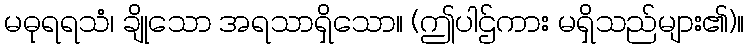
မဓုရရသံ၊ ချိုသော အရသာရှိသော။ (ဤပါဌ်ကား မရှိသည်များ၏)။